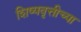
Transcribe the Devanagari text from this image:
शिष्यवृत्तीच्या